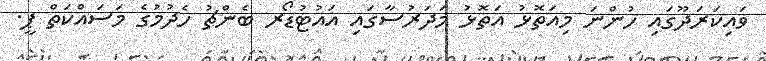
ވައިކަރަދޫގައި ހުންނަ މިއަތޮޅު އަތޮޅު މަދަރުސާގައި އައުޓުޑޯރ ބެންޗު ހެދުމުގެ މަސައްކަތް ޕީ.